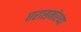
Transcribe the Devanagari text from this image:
घरासमोरच्या